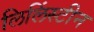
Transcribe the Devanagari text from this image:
लिलिंस्टीन